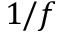
1 / f